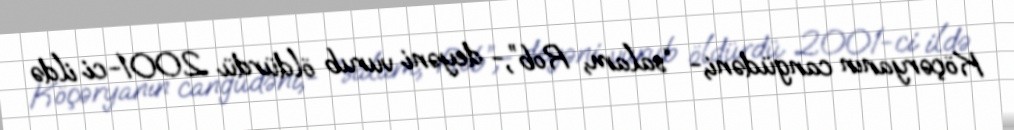
Köçəryanın cangüdəni,- “salam, Rob”,- deyəni vurub öldürdü 2001-ci ildə